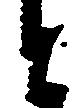
と